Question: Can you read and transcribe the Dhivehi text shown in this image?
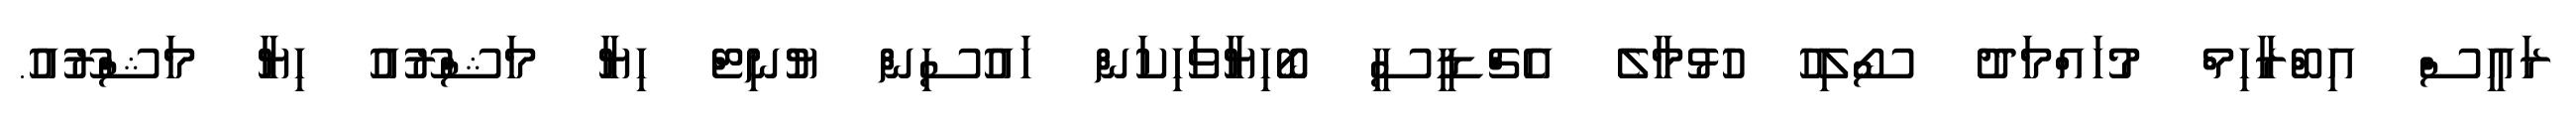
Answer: ރައީސް އިބްރާހިމް މުހައްމަދު ސޯލިހު ހުޅުމާލެ އެޗްޑީސީ ބޯހިޔާވަހިކަން ހައުސިން ޔުނިޓް ހިޔާ މަޝްރޫއު ހިޔާ މަޝްރޫއު.